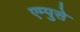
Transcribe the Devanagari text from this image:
एम्पुसे